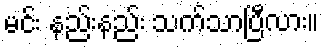
မင်း နည်းနည်း သက်သာပြီလား။